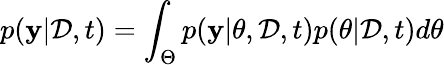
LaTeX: p(\mathbf{y}|\mathcal{{D}},t)=\int_{\Theta}p(\mathbf{y}|\theta,\mathcal{{D}},t)p(\theta|\mathcal{{D}},t)d\theta